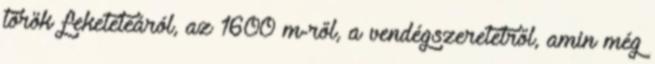
török feketeteáról, az 1600 m-ről, a vendégszeretetről, amin még